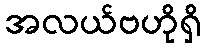
အလယ်ဗဟိုရှိ